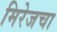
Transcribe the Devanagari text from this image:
मिरेजचा